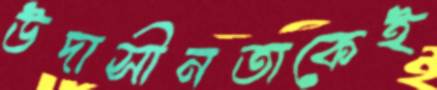
উদাসীনতাকেই